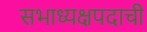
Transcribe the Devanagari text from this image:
सभाध्यक्षपदाची